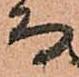
而